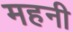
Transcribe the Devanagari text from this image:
महनी